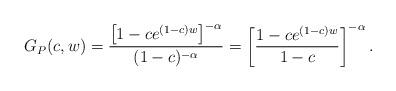
LaTeX: \begin{gather*}G_{P}(c,w)=\frac{\big[ 1-ce^{(1-c) w}\big] ^{-\alpha}}{(1-c) ^{-\alpha}}=\left[ \frac{1-ce^{(1-c) w}}{1-c}\right] ^{-\alpha}.\end{gather*}